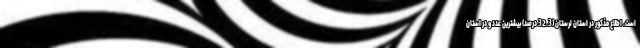
است. اطلاع مذکور در استان لرستان (32.3 درصد) بیشترین عدد و در استان